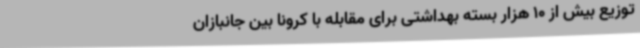
توزیع بیش از 10 هزار بسته بهداشتی برای مقابله با کرونا بین جانبازان